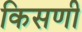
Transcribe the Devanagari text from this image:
किसणी